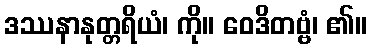
ဒဿနာနုတ္တရိယံ၊ ကို။ ဝေဒိတဗ္ဗံ၊ ၏။